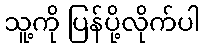
သူ့ကို ပြန်ပို့လိုက်ပါ